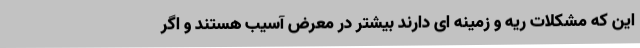
این که مشکلات ریه و زمینه ای دارند بیشتر در معرض آسیب هستند و اگر